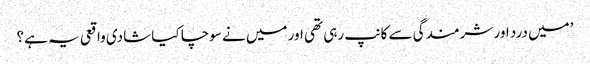
’میں درد اور شرمندگی سے کانپ رہی تھی اور میں نے سوچا کیا شادی واقعی یہ ہے؟